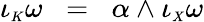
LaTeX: \iota_{\scriptscriptstyle K}\omega\; \; =\; \; \alpha\wedge\iota_{\scriptscriptstyle X}\omega